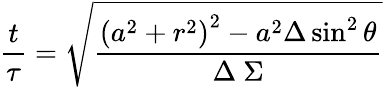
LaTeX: {\frac{t}{\tau}}={\sqrt{\frac{\left(a^{2}+r^{2}\right)^{2}-a^{2}\Delta\sin^{2}\theta}{\Delta\ \Sigma}}}